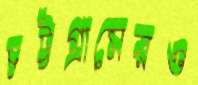
চট্টগ্রামেরও